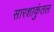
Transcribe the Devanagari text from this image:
सारशाकुंतल